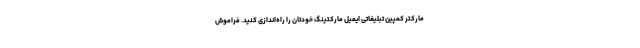
مارکتر کمپین تبلیغاتی ایمیل مارکتینگ خودتان را راه‌اندازی کنید. فراموش